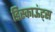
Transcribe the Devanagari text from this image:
डिस्काऊंट्स